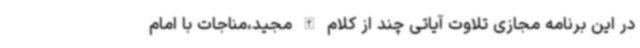
در این برنامه مجازی تلاوت آیاتی چند از کلام الله مجید،مناجات با امام